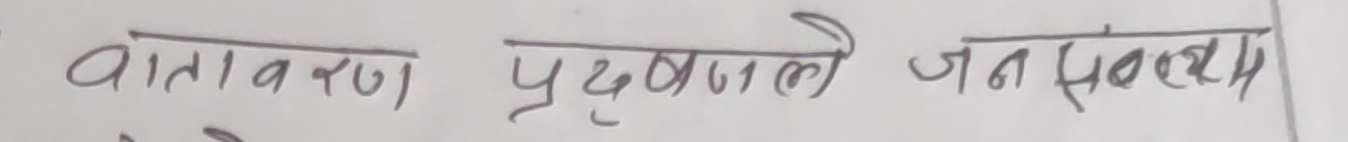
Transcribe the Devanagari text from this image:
वातावरण प्रदूषणले जनसंख्य